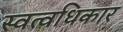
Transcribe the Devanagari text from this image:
स्वत्वधिकार